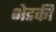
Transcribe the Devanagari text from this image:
भेडकी